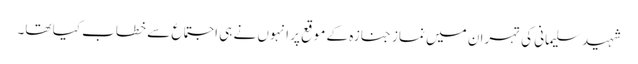
شہید سلیمانی کی تہران میں نماز جنازہ کے موقع پر انہوں نے ہی اجتماع سے خطاب کیا تھا۔